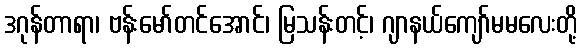
ဒဂုန်တာရာ၊ ဗန်းမော်တင်အောင်၊ မြသန်းတင့်၊ ဂျာနယ်ကျော်မမလေးတို့